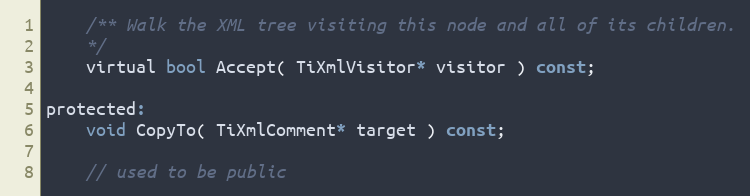
Language: C
	/** Walk the XML tree visiting this node and all of its children.
	*/
	virtual bool Accept( TiXmlVisitor* visitor ) const;

protected:
	void CopyTo( TiXmlComment* target ) const;

	// used to be public